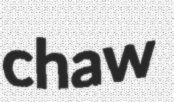
chaw